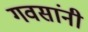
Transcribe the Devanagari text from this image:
गवसांनी